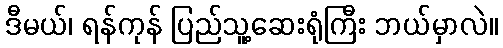
ဒီမယ်၊ ရန်ကုန် ပြည်သူ့ဆေးရုံကြီး ဘယ်မှာလဲ။